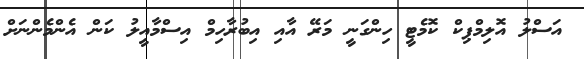
އަސްލު އޮލިމްޕިކް ކޮމެޓީ ހިންގަނީ މަރޭ އާއި އިބުރާހިމް އިސްމާއީލު ކަން އެންމެންނަށް